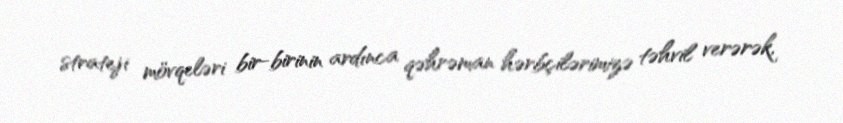
strateji mövqeləri bir-birinin ardınca qəhrəman hərbçilərimizə təhvil verərək,